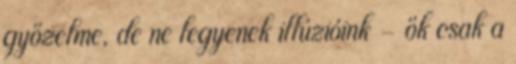
győzelme, de ne legyenek illúzióink – ők csak a